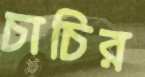
চাচির